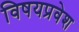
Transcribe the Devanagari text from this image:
विषयप्रवेश